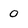
Character: 0